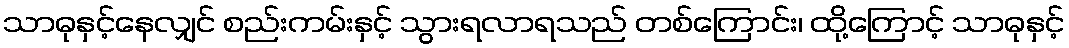
သာဓုနှင့်နေလျှင် စည်းကမ်းနှင့် သွားရလာရသည် တစ်ကြောင်း၊ ထို့ကြောင့် သာဓုနှင့်